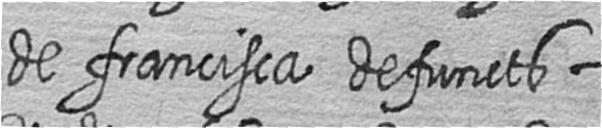
de francisca defuncts